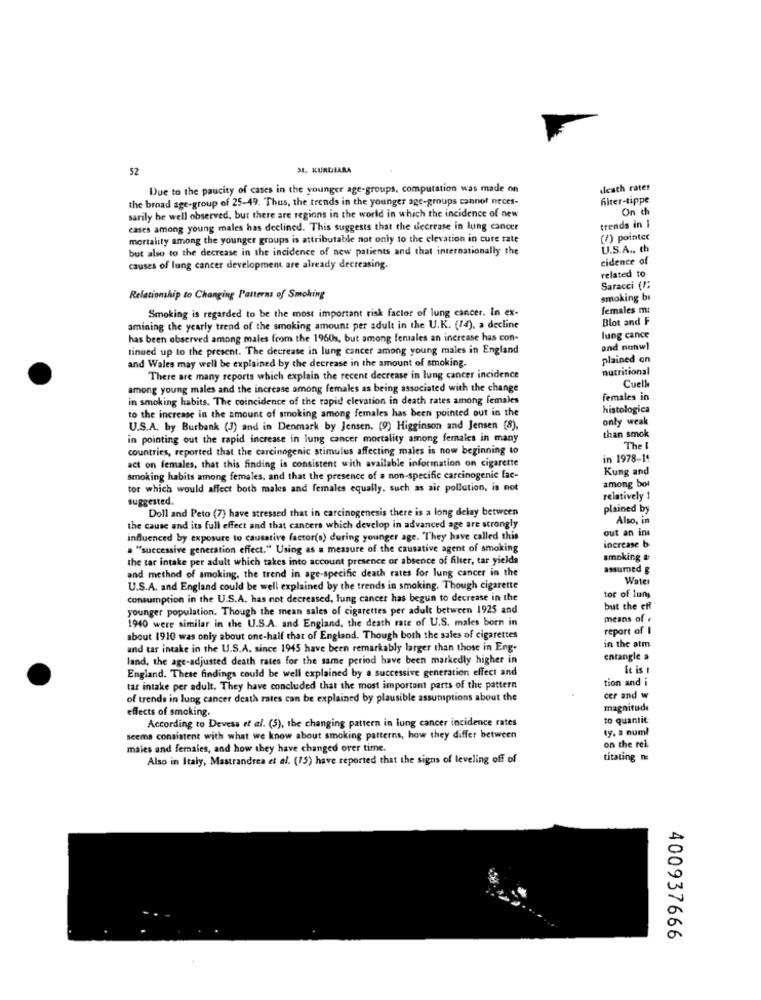
52
31. KURUIARA
Due to the paucity of cases in the younger age-groups, computation was made on
death rates
the broad age-group of 25-49. Thus, the trends in the younger age-groups cannot neces-
filter-tippe
On th
sarily be well observed, but there are regions in the world in which the incidence of new
cases among young males has declined. This suggests that the decrease in lung cancer
trends in I
mortality among the younger groups is attributable not only to the elevation in cure rate
(/) pointer
but also to the decrease in the incidence of new patients and that internationally the
U.S.A ., th
cidence of
causes of lung cancer development are already decreasing.
related to
Saracci (1:
Relationship to Changing Patterns of Smoking
smoking bi
Smoking is regarded to be the most important risk factor of lung cancer. In ex-
females m:
Blot and F
amining the yearly trend of the smoking amount per adult in the U.K. (14), a decline
has been observed among males from the 1960s, but among females an increase has con-
lung cance
tinued up to the present. The decrease in lung cancer among young males in England
and nonwl
plained on
and Wales may well be explained by the decrease in the amount of smoking.
nutritional
There are many reports which explain the recent decrease in lung cancer incidence
Cuelle
among young males and the increase among females as being associated with the change
in smoking habits. The coincidence of the rapid elevation in death rates among females
females in
to the increase in the amount of smoking among females has been pointed out in the
histologica
only weak
U.S.A. by Burbank (3) and in Denmark by Jensen. (9) Higginson and Jensen (8),
in pointing out the rapid increase in lung cancer mortality among females in many
than smok
countries, reported that the carcinogenic stimulus affecting males is now beginning to
The
act on females, that this finding is consistent with available information on cigarette
in 1978-19
Kung and
smoking habits among females, and that the presence of a non-specific carcinogenic fac-
among bot
tor which would affect both males and females equally, such as air pollution, is not
suggested.
relatively 1
Doll and Peto (7) have stressed that in carcinogenesis there is a long delay between
plained by
Also, in
the cause and its full effect and that cancers which develop in advanced age are strongly
out an ine
influenced by exposure to causative factor(s) during younger age. They have called this
increase b
. "successive generation effect." Using as a measure of the causative agent of smoking
the tar intake per adult which takes into account presence or absence of filter, tar yields
smoking &
and method of smoking, the trend in age-specific death rates for lung cancer in the
assumed g
Water
U.S.A. and England could be well explained by the trends in smoking. Though cigarette
consumption in the U.S.A. has not decreased, lung cancer has begun to decrease in the
tor of luny
younger population. Though the mean sales of cigarettes per adult between 1925 and
but the eff
1940 were similar in the U.S.A. and England, the death rate of U.S. males born in
means of
report of I
about 1910 was only about one-half that of England. Though both the sales of cigarettes
in the atm
and tar intake in the U.S.A. since 1945 have been remarkably larger than those in Eng-
land, the age-adjusted death rates for the same period have been markedly higher in
entangle a
England. These findings could be well explained by a successive generation effect and
It is
tion and i
tar intake per adult. They have concluded that the most important parts of the pattern
of trends in lung cancer death rates can be explained by plausible assumptions about the
cer and w
effects of smoking.
magnitude
According to Devesa et al. (5), the changing pattern in lung cancer incidence rates
to quantit
ty. a numl
seems consistent with what we know about smoking patterns, how they differ between
males and fernales, and how they have changed over time.
on the rel
Also in Italy, Mastrandrea et al. (15) have reported that the signs of leveling off of
titating na
400937666